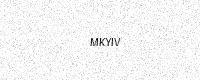
Text: MKYIV